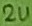
Text: 2u